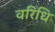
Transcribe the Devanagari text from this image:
वरिधि